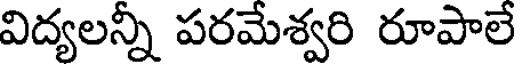
విద్యలన్నీ పరమేశ్వరి రూపాలే